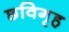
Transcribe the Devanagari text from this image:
छविगृह